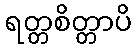
ရတ္တစိတ္တာပိ